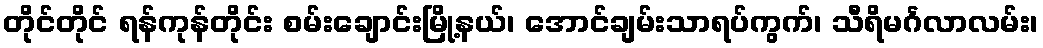
တိုင်တိုင် ရန်ကုန်တိုင်း စမ်းချောင်းမြို့နယ်၊ အောင်ချမ်းသာရပ်ကွက်၊ သီရိမင်္ဂလာလမ်း၊